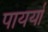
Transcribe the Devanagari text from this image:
पायर्या